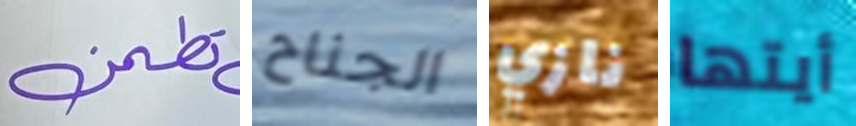
تطمن الجناح نازي أيتها